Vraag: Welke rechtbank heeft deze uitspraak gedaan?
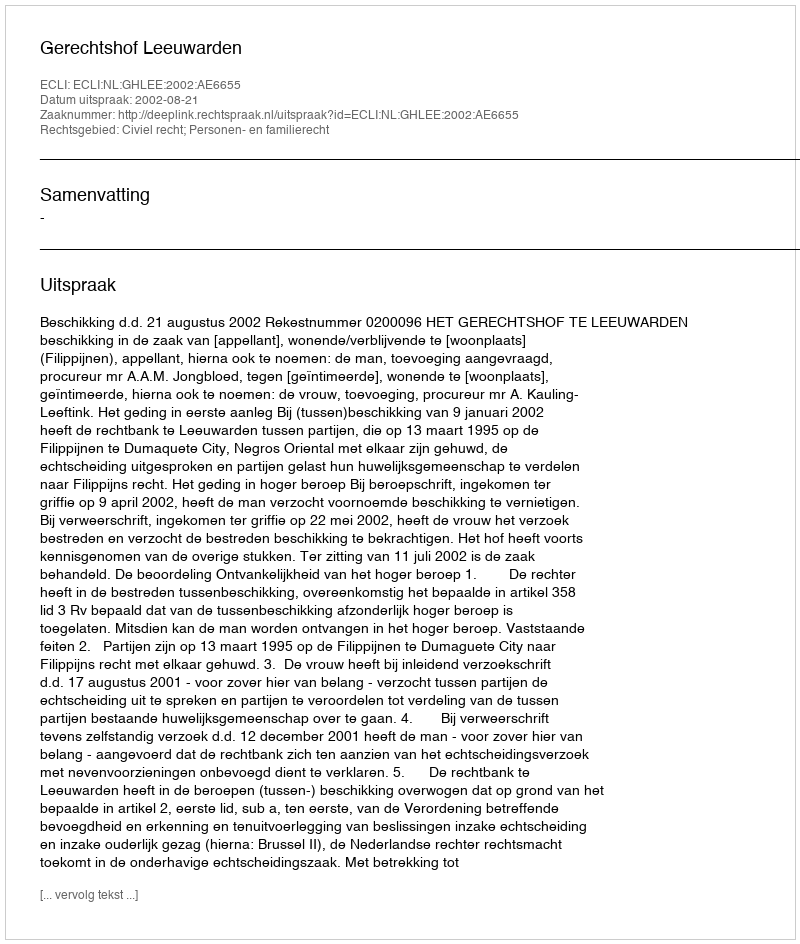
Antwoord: Gerechtshof Leeuwarden